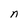
Character: n